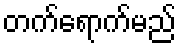
တက်ရောက်မည်